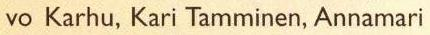
vo Karhu, Kari Tamminen, Annamari